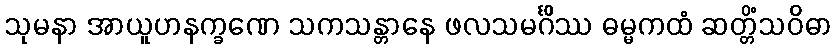
သုမနာ အာယူဟနက္ခဏေ သကသန္တာနေ ဖလသမင်္ဂိဿ ဓမ္မကထံ ဆတ္တိံသဝိဓာ